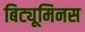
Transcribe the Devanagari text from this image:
बिट्यूमिनस